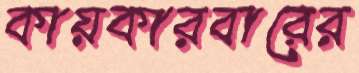
কায়কারবারের